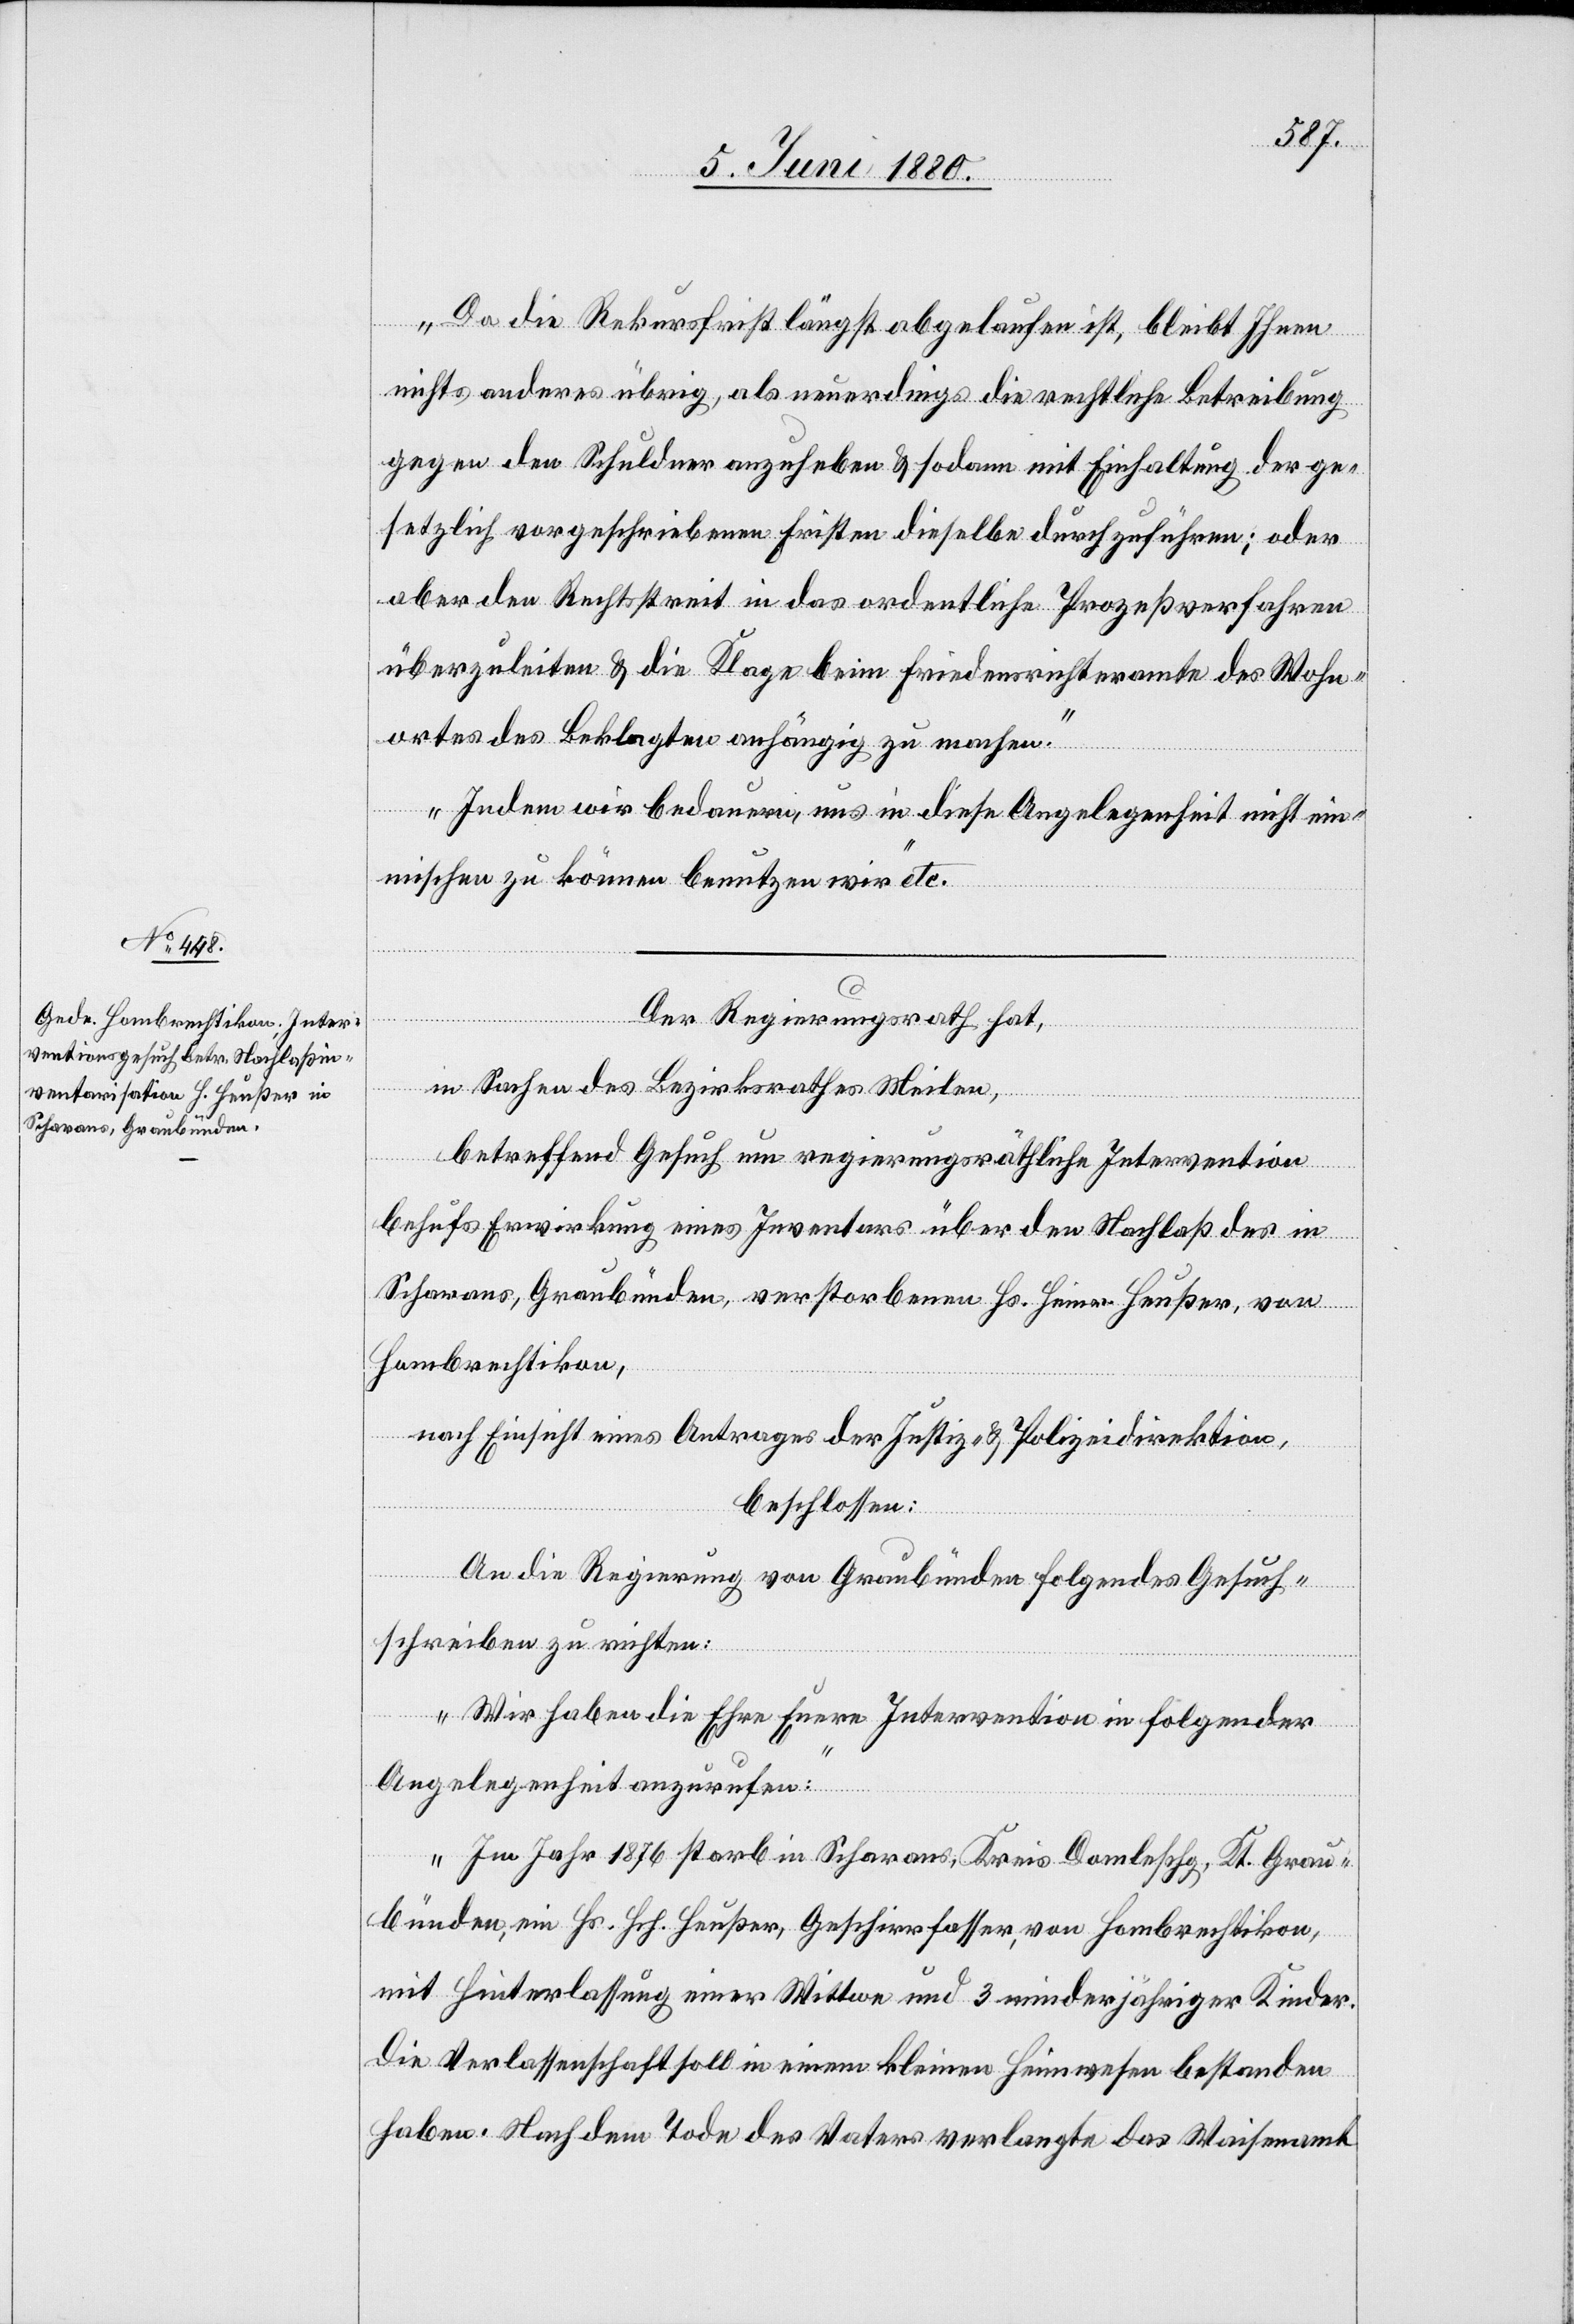
Da die Rekursfrist längst abgelaufen ist, bleibt Ihnen
nichts anderes übrig, als neuerdings die rechtliche Betreibung
gegen den Schuldner anzuheben & sodann mit Einhaltung der ge¬
setzlich vorgeschriebenen Frist dieselbe durchzuführen; oder
aber den Rechtsstreit in das ordentliche Prozeßverfahren
überzuleiten & die Klage beim Friedensrichteramte des Wohn¬
ortes des Beklagten anhängig zu machen.
Indem wir bedauern, uns in diese Angelegenheit nicht ein¬
mischen zu können benutzen wir“ etc.
Der Regierungsrath hat,
in Sachen des Bezirksrathes Meilen,
betreffend Gesuch um regierungsräthliche Intervention
behufs Erwirkung eines Inventars über den Nachlaß des in
Scharans, Graubünden, verstorbenen Hs. Heinr. Heußer, von
Hombrechtikon,
nach Einsicht eines Antrages der Justiz- & Polizeidirektion,
beschlossen:
An die Regierung von Graubünden folgendes Gesuch¬
schreiben zu richten:
„Wir haben die Ehre Euere Intervention in folgender
Angelegenheit anzurufen:
Im Jahr 1876 starb in Scharans, Kreis Domleschg, Kt. Grau¬
bünden, ein Hs. Hch. Heußer, Geschirrfasser, von Hombrechtikon,
mit Hinterlassung einer Wittwe und 3 minderjähriger Kinder.
Die Verlassenschaft soll in einem kleinen Heimwesen bestanden
haben. Nach dem Tode des Vaters verlangte das Waisenamt